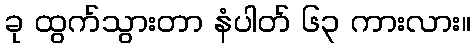
ခု ထွက်သွားတာ နံပါတ် ၆၃ ကားလား။